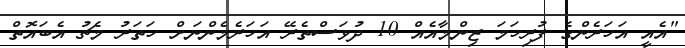
"އެއީ އަހަރެންގެ ފުރިހަމަ ޒިންމާއެއް 10 ދުވަސްތެރޭ އަހަރެމެންނަށް ހަތަރު މެޗު އެބައޮތް